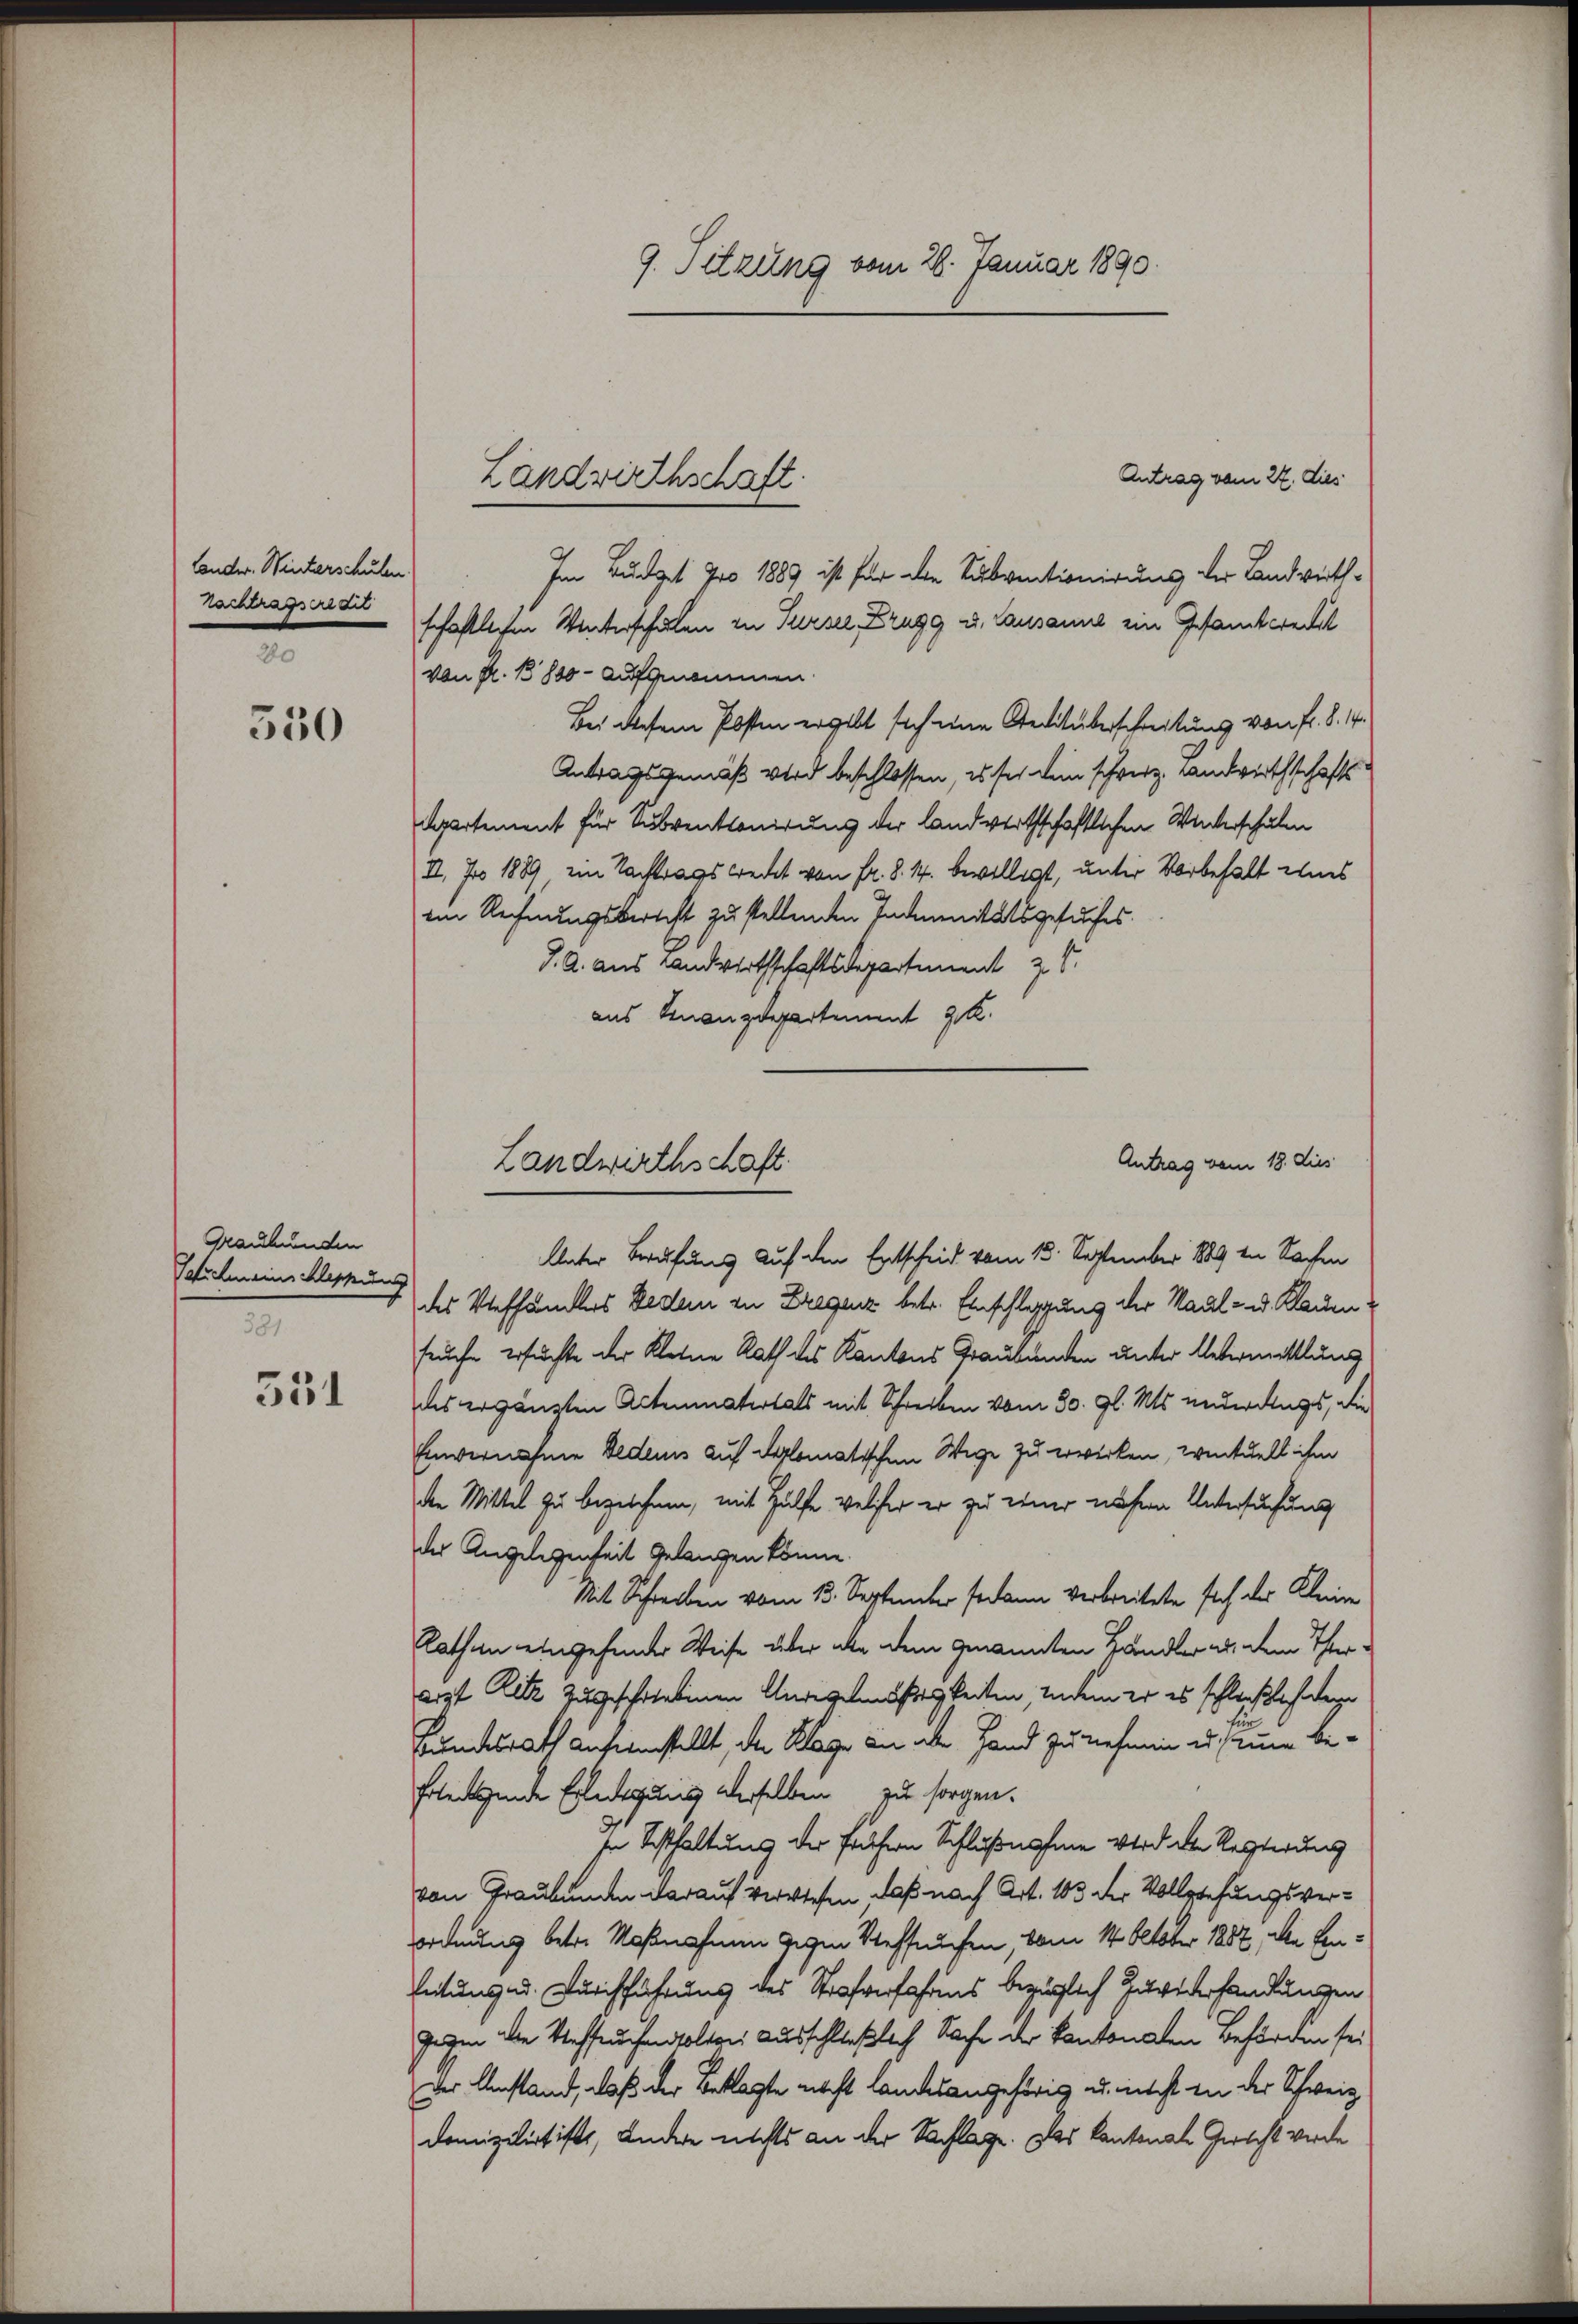
Conder. Winterschulen
Vortragstit
20

530

Graubünden
Weichmeinschleppung
381.

551

9. Sitzung vom 26. Januar 1890.

Antrag vom 27. dies
Im Büdget pro 1889 ist für die Subventionirung der Landwirthschaftlichen Winterschulen zu Turser, Brugg u. Lausanne ein Gesamteredit
von P. B 800 - aufgenommen.
Bei diesem Posten ergibt sich eine Reditüberschreitung von fr. 8. 1.
Antragsgemäß wird beschlossen, es sei dein schweiz. Landwirthschafts
Appartement für Subventionirung der landwerthschaftlichen Winterschulen
II. Jro 1889 im Nachtrags wredet von Fr. 8. 4. bewilligt, unter Vorbehalt wis
em Rechnungsbericht zu stellenden Indemnitätsgesuches.
J. A. aus Landwirthschaftsdepartement z.
aus Finanzdepartement k
Unter Berufung auf den Entscheid vom 13. September 1889 in Sachen
des Viehhändlers Beden zu Bregenz betr. Einschlagung der Maul- u. Klauenseuche ersuchte der Kleine Rath des Kantons Graubünden unter Untermittlung
des ergänzten Actenmatertals mit Schreiben vom 30. gl. Mts. anderungs, die
Einvernahme bedens auf diplomatischen Wege zu erwirken, eventuell ihm
den Mittel zu bezeichnen, mit Hülfe, welcher er zu einer unsern Untersuchung
der Angelegenheit gelangen könne.
Mit Schreiben vom 13. September sodann verbreitete sich der Kleine
Rathen eingehender Weise über aber dem genannten Händler als dem Ther
arzt Rede zugeschriebenen Anregelmässigkeiten, indem er es schließlich wege
Bundesrath anfirmstellt, der Klage an über Hand zu nehmen u. zum be¬
Erledigende Erledigung derselben zu sorgen.
In Testhaltung der frühern Schlußnahme wird die Regierung
von Graubünden darauf verwiesen, daß nach Art. 103 der Vollziehungsverordnung betre Maßnahmen gegen Steffaufen, vom 14. Oktober 1882, die Einleitung u. Durchführung des Strafverfahrens bezüglich Zuwiderhandlungen
gegen die Steffruchen solter Ausschließlich Sache der Kantonalen Beförden sei
Der Umstand, daß der Beklagte nicht landesangehörig u. nicht in der Schweiz
Domizilirt ist, Andere nichts an der Sachlage. Das kantonale Gericht werde

Landwirthschaft.

Landwirthschaft.

Antrag vom 18. dies